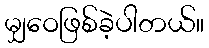
မျှဝေဖြစ်ခဲ့ပါတယ်။